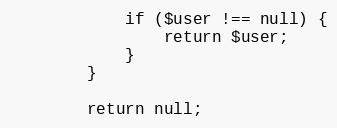
Language: PHP
            if ($user !== null) {
                return $user;
            }
        }

        return null;